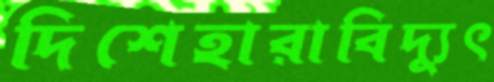
দিশেহারাবিদ্যুৎ